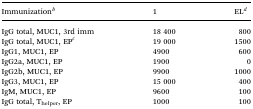
<table><thead><tr><td><b>Immunization<sup><i>b</i></sup></b></td><td><b>1</b></td><td><b>EL<sup><i>d</i></sup></b></td></tr></thead><tbody><tr><td>IgG total, MUC1, 3rd imm</td><td>18 400</td><td>800</td></tr><tr><td>IgG total, MUC1, EP<sup><i>c</i></sup></td><td>19 000</td><td>1500</td></tr><tr><td>IgG1, MUC1, EP</td><td>4900</td><td>600</td></tr><tr><td>IgG2a, MUC1, EP</td><td>1900</td><td>0</td></tr><tr><td>IgG2b, MUC1, EP</td><td>9900</td><td>1000</td></tr><tr><td>IgG3, MUC1, EP</td><td>15 000</td><td>400</td></tr><tr><td>IgM, MUC1, EP</td><td>9600</td><td>100</td></tr><tr><td>IgG total, T<sub>helper</sub>, EP</td><td>1000</td><td>100</td></tr></tbody></table>